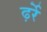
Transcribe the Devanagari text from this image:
ढ़र्रे